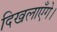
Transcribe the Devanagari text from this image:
दिखलाएँगे।